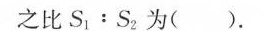
之比S_{1}：S_{2}为（）.